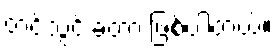
တင်သွင်းခဲ့တာ ဖြစ်ပါတယ်။